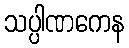
သပ္ပါဏကေန